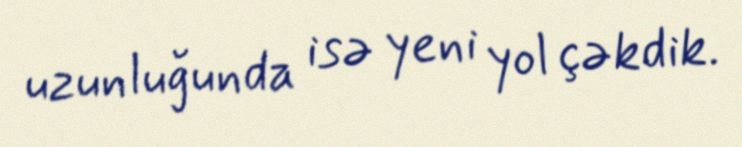
uzunluğunda isə yeni yol çəkdik.